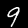
Label: 9